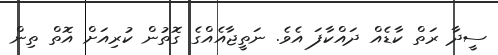
ސީދާ ރަތް ކާޑެއް ދައްކާފަ އެވެ. ނަތީޖާއެއްގެ ގޮތުން ކުރިއަށް އޮތް ތިން